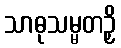
သာဓုသမ္မတဉှိ